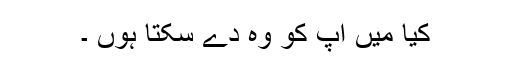
کیا میں آپ کو وہ دے سکتا ہوں ۔